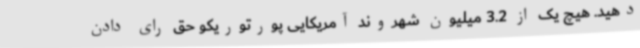
دهید. هیچ‌ یک از 3.2 میلیون شهروند آمریکایی پورتوریکو حق رای دادن